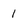
Character: 1